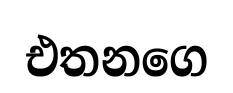
එතනගෙ